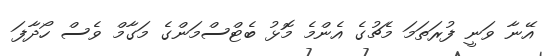
އޭނާ ވަނީ ފުރަތަމަ މެޗުގެ އެންމެ މޮޅު ބެޓްސްމަންގެ މަގާމް ވެސް ހޯދާފަ